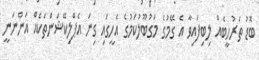
ބޮޑު ތަރުހީބެއް ލިބިފައިވާ އެ ގޭމުގެ މަގުބޫލުކަމުގެ އެެހީގައި ގިނަ އެޕްލިކޭޝަންތަކެއް އަންނަނީ